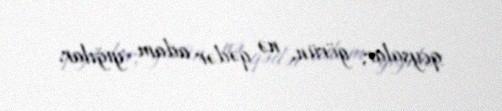
qoysalar, görün, nə qədər adam yığılar.